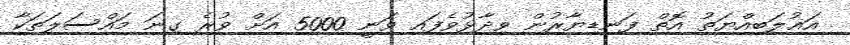
އަޣުލަބިއްޔަތު އޮތް ފަނޑިޔާރުން ވިދާޅުވެފައި ވަނީ 5000 އަށް ވުރެ ގިނަ މައްސަލަތަކާ